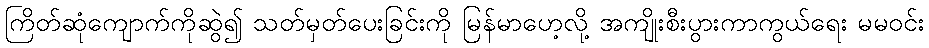
ကြိတ်ဆုံကျောက်ကိုဆွဲ၍ သတ်မှတ်ပေးခြင်းကို မြန်မာဟေ့လို့ အကျိုးစီးပွားကာကွယ်ရေး မမဝင်း